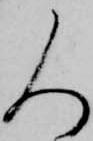
人